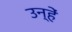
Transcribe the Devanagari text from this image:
उन्हें